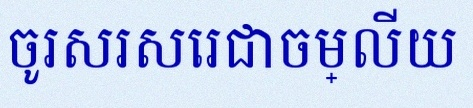
ចូរសរសេរជាចម្លើយ